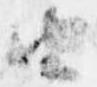
由